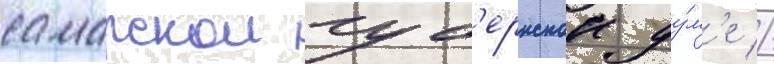
самарскои губ'ернскои ду́м'е //